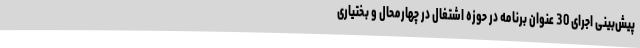
پیش‌بینی اجرای 30 عنوان برنامه در حوزه اشتغال در چهارمحال و بختیاری